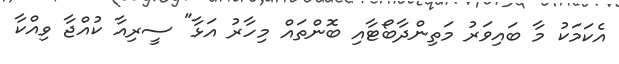
އެކަމަކު މާ ބައިވަރު މަތިންދާބޯޓާއި ބޮންތައް މިހާރު އަޅާ" ސީރިއާ ކުއްޖާ ވިއްކާ